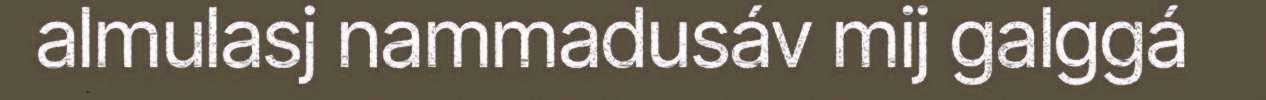
almulasj nammadusáv mij galggá